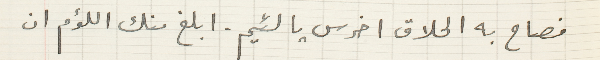
فصاح به الحلاق اخرس يا لئيم. ابلغ منك اللؤم ان